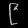
Digit: ၉